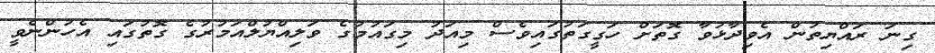
ގިނަ ރައްޔިތުން އެވިދާޅުވާ ގޮތަށް ހަގީގަތުގައިވެސް މިއަދު މިގައުމުގެ ވަލިއްޔުލްއަމުރުގެ ގޮތުގައި އެހުންނެވީ